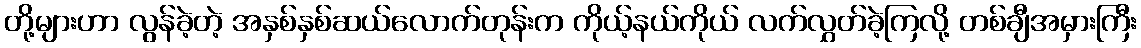
တို့များဟာ လွန်ခဲ့တဲ့ အနှစ်နှစ်ဆယ်လောက်တုန်းက ကိုယ့်နယ်ကိုယ် လက်လွှတ်ခဲ့ကြလို့ တစ်ချီအမှားကြီး